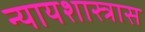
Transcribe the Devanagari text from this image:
न्यायशास्त्रास